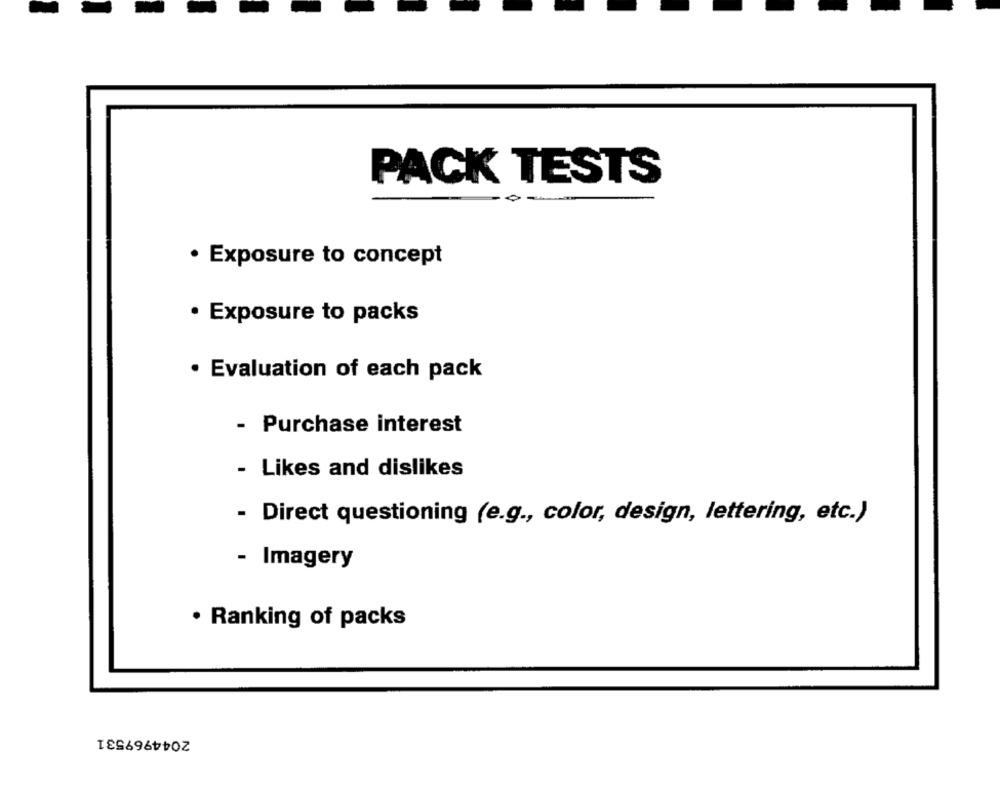
PACK TESTS
· Exposure to concept
· Exposure to packs
· Evaluation of each pack
- Purchase interest
- Likes and dislikes
- Direct questioning (e.g ., color, design, lettering, etc.)
- Imagery
· Ranking of packs
2044969531